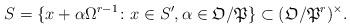
LaTeX: \begin{align*}S= \{ x+\alpha\Omega^{r-1} \colon x\in S', \alpha \in \mathfrak{O}/\mathfrak{P}\}\subset (\mathfrak{O}/\mathfrak{P}^r)^{\times}. \end{align*}